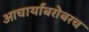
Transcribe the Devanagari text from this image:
आचार्यांबरोबरच